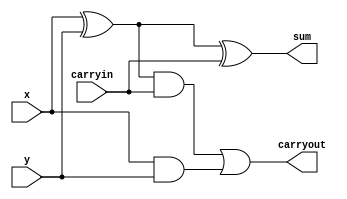
module onebitadder(x,y,sum,carryout,carryin);
input x,y,carryin;
output sum,carryout;

xor XOR1(p,x,y);
xor XOR2(sum,p,carryin);

and ANDp(q,p,carryin);
and ANDxy(r,x,y);
or ORing(carryout,q,r);

endmodule